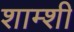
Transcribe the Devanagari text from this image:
शाम्शी